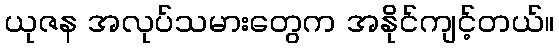
ယုဇန အလုပ်သမားတွေက အနိုင်ကျင့်တယ်။